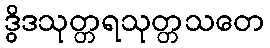
ဒွိဒသုတ္တရသုတ္တသတေ